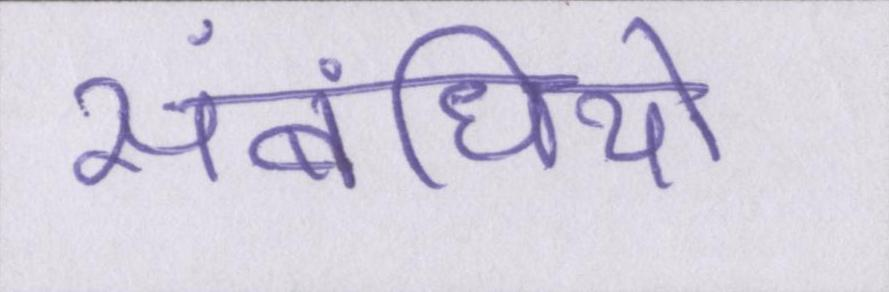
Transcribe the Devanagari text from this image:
संबंधियो